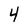
Character: 4